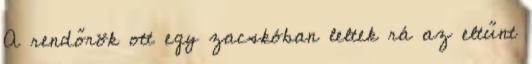
A rendőrök ott egy zacskóban leltek rá az eltűnt